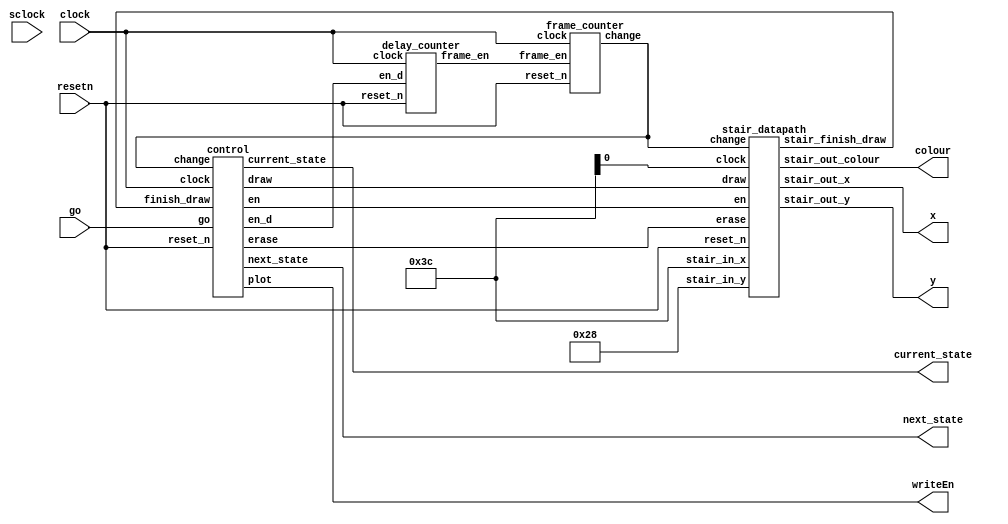

//----------------------------------------
//				Combined   
//----------------------------------------
module combined(resetn, go, sclock, clock, writeEn, x, y, colour, current_state, next_state);
	input resetn, go, sclock, clock;
	output writeEn;
	output [7:0] x;
	output [6:0] y;
	output [2:0] colour;
	output [2:0] current_state, next_state;

	wire finish_draw;
	wire erase;

	wire en, en_d, draw;
	wire frame_en, change;

	stair_datapath sd0(resetn, clsock , en, draw, change, 8'd60, 7'd40, erase, x, y, colour, finish_draw);

	control c0(resetn, clock, go, change, finish_draw,  en, en_d, draw, writeEn, erase, current_state ,next_state);

	
	delay_counter d0(clock, resetn, en_d, frame_en);
	
	frame_counter f0(clock, resetn, frame_en, change);



endmodule





//----------------------------------------
//				Mux     
//----------------------------------------
module mux(
	input reset_n, stair1_finish_draw ,stair2_finish_draw,
	input [7:0] x1, x2,
	input [6:0] y1, y2,
	input [2:0] colour1, colour2,
	output reg [7:0] x, 
	output reg [6:0] y,
	output reg [2:0] colour
);

	always @(*)
		begin
			if(!reset_n)
				begin
					x <= 0;
					y <= 0;
					colour <= 0;
				end
			else if(stair1_finish_draw == 0 && stair2_finish_draw == 0)
				begin
					x <= x1;
					y <= y1;
					colour <= colour1;
				end
			else if(stair1_finish_draw == 1 && stair2_finish_draw == 0)
				begin
					x <= x2;
					y <= y2;
					colour <= colour2;
				end
		end
endmodule
//----------------------------------------
//			slower counter      
//----------------------------------------
module slowclock(clock,reset_n,enable);
	input clock, reset_n;
	output enable;
	
	reg [25:0] count;
	
	always@(posedge clock)
		begin
			if(!reset_n)
				count <= 26'd0;
			else
				begin
					if(count == 26'd400)
						count <= 26'd0;
					else
						count <= count + 1'b1;
				end
		end
	assign enable = (count == 26'd400) ? 1 : 0;
endmodule
	
//----------------------------------------
//			delay and frame counter      
//----------------------------------------
module delay_counter(
	input wire clock, reset_n, en_d, 
	output frame_en
);
	reg [19:0] delay;

	always @(posedge clock)
		begin: delay_counter
			if (!reset_n)
				//delay <= 20'd833_334;
				delay <= 20'd5;
			else if (en_d == 1'b1)
				begin
					if (delay == 0)
						delay <= 20'd833_334;
						//delay <= 20'd5;
					else
						delay <= delay - 1'b1;
				end
		end
		assign frame_en = (delay == 20'd0) ? 1 : 0;
endmodule

module frame_counter(
	input clock, reset_n, frame_en,
	output change
);	
	reg [3:0] frame;

	always @(posedge clock)
		begin: frame_counter
			if (!reset_n)
				frame <= 4'd0;
			else if (frame_en == 1'b1)
				begin
					if (frame == 4'd14)
					//if (frame == 6'd4)
						frame <= 4'd0;
					else
						frame <= frame + 1'b1;
				end
		end
		assign change = (frame == 4'd14) ? 1 : 0;
		
endmodule



//----------------------------------------
//					FSM     
//----------------------------------------
module control(
	input reset_n, clock, go, change, finish_draw, 
	output reg en, en_d, draw, plot, erase,
	output reg [2:0] current_state, next_state
	
);

	//reg [2:0] next_state;

	localparam  Start = 3'd0,
					Start_Wait = 3'd1,
					Draw = 3'd2,
					Draw_wait = 3'd3,
					Erase = 3'd4,
					Erase_wait = 3'd5,
					Load_new = 3'd6;

		
	always @(*)
	begin: state_table
		case (current_state)
			Start: next_state = go ? Start_Wait : Start;
			Start_Wait: next_state = go ? Start_Wait : Draw ;

			Draw: next_state = (finish_draw == 1) ? Draw_wait : Draw;
			Draw_wait: next_state = (change == 1) ? Erase : Draw_wait;

			Erase: next_state = (finish_draw == 1) ? Load_new : Erase;
			//Erase_wait: next_state = Load_new ;

			Load_new: next_state = Draw;
			default: next_state = Start;
		endcase
	end
	
	always @(*)
		begin: signals
			en = 1'b0; 
			en_d = 1'b0;
			draw = 1'b0;
			plot = 1'b0;
			erase = 1'b0;
			
			case (current_state)
				Draw: begin
						//en_d = 1'b1;
						draw = 1'b1;
						plot = 1'b1;
					end
				Draw_wait: en_d = 1'b1;
				Erase:begin
						//en_d = 1'b1;
						draw = 1'b1;
						plot = 1'b1;
						erase = 1'b1;
					end
				//Erase_wait : en_d = 1'b1;
				Load_new: en = 1'b1;
			endcase
		end
	
	always@(posedge clock)
	    begin: state_FFs
			if(!reset_n)
			    current_state <= Start;
			else
			    current_state <= next_state;
		end
endmodule


//-----------------------------------------------
//				Stair modules
//-----------------------------------------------
module stair_datapath(
	input reset_n, clock, en, draw, change,
	input [7:0] stair_in_x,
	input [6:0] stair_in_y,
	input erase,
	output  [7:0] stair_out_x,
	output  [6:0] stair_out_y,
	output  [2:0] stair_out_colour,
	output stair_finish_draw
);

	wire [6:0] stair_y;
	wire [7:0] stair_q_x;
	wire [6:0] stair_q_y;
	reg [2:0] colour;
	
	always @(posedge clock)
		begin: load
			if (!reset_n) 
				begin
					colour = 3'b000;
				end
			else
				begin
					if (erase)
						colour <= 3'b000;
					else
						colour <= 3'b100;
				end

		end

	stair_y_counter s_y_c0(clock, reset_n, en, stair_in_y, stair_y);
	stair_draw s_d0(clock, reset_n, draw, stair_in_x, stair_y, stair_finish_draw, stair_out_x, stair_out_y);
	

	assign stair_out_colour = colour;
endmodule


module stair_y_counter(
	input clock, reset_n, en,
	input [6:0] stair_in_y,
	output reg [6:0] stair_y		
);
	always @(negedge reset_n , posedge en)
		begin: stair_y_counter
			if (!reset_n)
				stair_y <= stair_in_y;
			else if (en == 1)
				begin
				if(stair_y == 7'd0)
					stair_y <= 7'd116;
					else
						stair_y <= stair_y - 1'b1;
				end
		end
endmodule


module stair_x(clock, reset_n, enable, q);
	input clock, reset_n, enable;
	output reg [7:0] q;
	
	always @(posedge clock)
	begin
	
		if (reset_n == 1'b0)
			q <= 8'd0;
		else if (enable == 1'b1)
		begin
			if (q == 8'd39)
				q <= 8'd0;
			else
				q <= q + 1'b1;
		end
	end
endmodule

module stair_y(clock, reset_n, enable, q);
	input clock, reset_n, enable;
	output reg [6:0] q;
	
	always @(posedge clock)
	begin
	
		if (reset_n == 1'b0)
			q <= 7'd0;
		else if (enable == 1'b1)
			begin
				if (q == 7'd4)
					q <= 7'd0;
				else
					q <= q + 1'b1;
			end
	end
endmodule

module stair_draw(
	input clock, reset_n, draw,
	input [7:0]input_x, 
	input [6:0]input_y,
	output stair_finish_draw,
	output [7:0] stair_out_x,
	output [6:0] stair_out_y
);

	wire [7:0] stair_wire_x;
	wire [6:0] stair_wire_y;
	wire enable_y;
	

	stair_x x0(clock, reset_n, draw, stair_wire_x);

	assign enable_y = (stair_wire_x == 8'd39) ? 1 : 0;

	stair_y y0(clock, reset_n, enable_y, stair_wire_y);

	assign stair_finish_draw = (stair_wire_y  == 7'd4 && stair_wire_x == 8'd39) ? 1 : 0;

	assign stair_out_x = input_x + stair_wire_x;
	assign stair_out_y = input_y + stair_wire_y;
	
endmodule